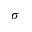
\sigma